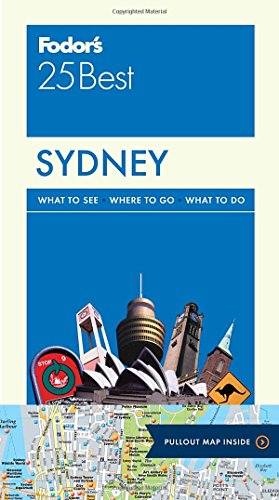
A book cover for Fodor's Sydney 25 Best (Full-color Travel Guide); Fodor's; Travel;